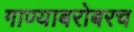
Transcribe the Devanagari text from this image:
गाण्याबरोबरच